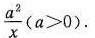
\frac { a ^ { 2 } } { x }$$($$a > 0$$).